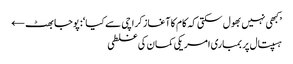
’کبھی نہیں بھول سکتی کہ کام کا آغاز کراچی سے کیا‘: پوجا بھٹ ←
ہسپتال پر بمباری امریکی کمان کی غلطی